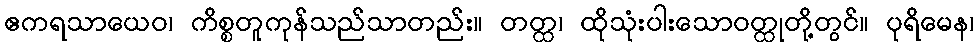
ဧကရသာယေဝ၊ ကိစ္စတူကုန်သည်သာတည်း။ တတ္ထ၊ ထိုသုံးပါးသောဝတ္ထုတို့တွင်။ ပုရိမေန၊